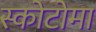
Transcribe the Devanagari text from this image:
स्कोटोमा